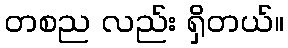
တစည လည်း ရှိတယ်။